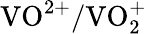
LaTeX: \mathrm{VO^{2+}/VO_{2}^{+}}